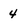
Character: 4